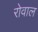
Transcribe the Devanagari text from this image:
रोवाल